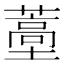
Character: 𬞩